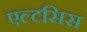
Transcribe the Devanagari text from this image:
एल्टसिस